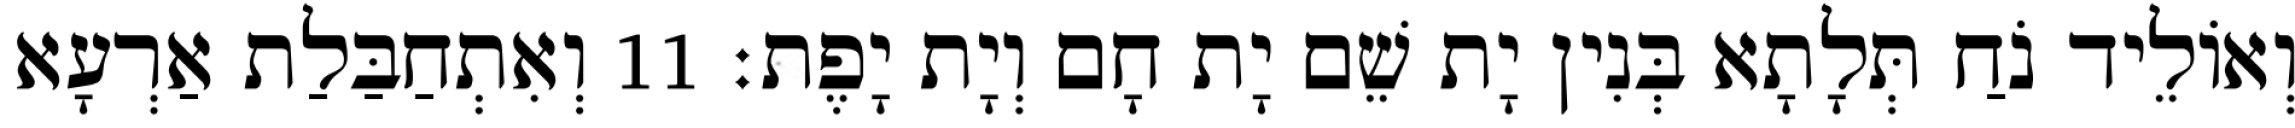
וְאוֹלֵיד נֹחַ תְּלָתָא בְּנִין יָת שֵׁם יָת חָם וְיָת יָפֶת׃ 11 וְאִתְחַבַּלַת אַרְעָא